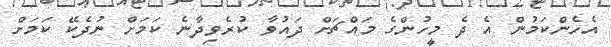
އެހެންކަމުން އެ ދެ މީހުންގެ މައްޗަށް ދައުވާ ކުރެވިދާނެ ކަމަށް ނުދެކޭ ކަމަށް